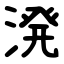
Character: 溌